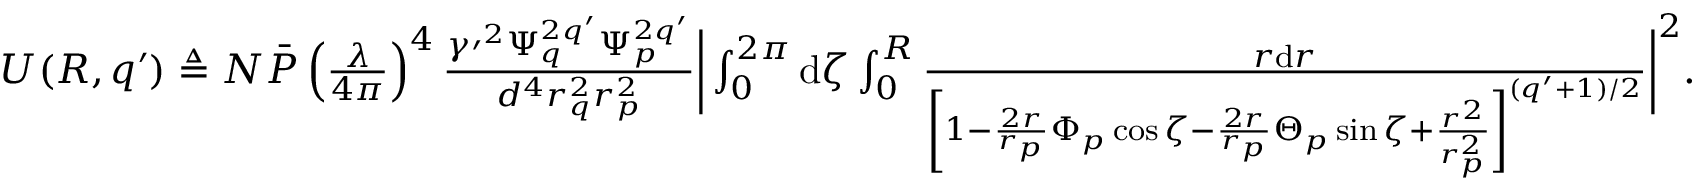
\begin{array} { r } { U ( R , q \prime ) \triangleq N \bar { P } \left( \frac { \lambda } { 4 \pi } \right) ^ { 4 } \frac { \gamma \prime ^ { 2 } \Psi _ { q } ^ { 2 q ^ { \prime } } \Psi _ { p } ^ { 2 q ^ { \prime } } } { d ^ { 4 } r _ { q } ^ { 2 } r _ { p } ^ { 2 } } \bigg | \int _ { 0 } ^ { 2 \pi } \mathrm { d } \zeta \int _ { 0 } ^ { R } \frac { r \mathrm { d } r } { \left[ 1 - \frac { 2 r } { r _ { p } } \Phi _ { p } \cos \zeta - \frac { 2 r } { r _ { p } } \Theta _ { p } \sin \zeta + \frac { r ^ { 2 } } { r _ { p } ^ { 2 } } \right] ^ { ( q ^ { \prime } + 1 ) / 2 } } \bigg | ^ { 2 } . } \end{array}